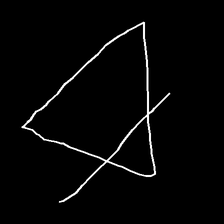
Glyph: empower